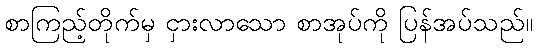
စာကြည့်တိုက်မှ ငှားလာသော စာအုပ်ကို ပြန်အပ်သည်။